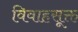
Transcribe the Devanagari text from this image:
विवाहसूक्त